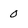
Character: 0